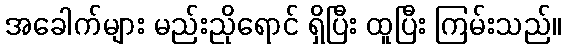
အခေါက်များ မည်းညိုရောင် ရှိပြီး ထူပြီး ကြမ်းသည်။